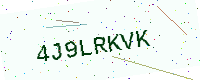
Text: 4J9LRKVK